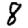
Digit: 8